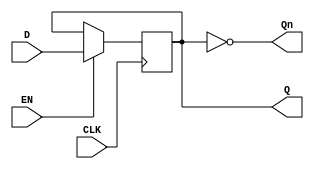
module edge_triggered_gated_latch (
    input wire D,      // Data input
    input wire EN,     // Enable signal
    input wire CLK,    // Clock signal
    output reg Q,      // Output Q
    output wire Qn     // Complement of Q
);

assign Qn = ~Q; // Q' is the complement of Q

always @(posedge CLK) begin
    if (EN) begin
        Q <= D; // Capture D on clock edge if EN is high
    end
    // If EN is low, Q remains unchanged
end

endmodule